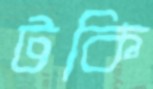
টকি